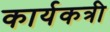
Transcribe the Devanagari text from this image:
कार्यकत्री